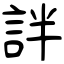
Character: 詊